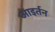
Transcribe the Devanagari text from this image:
आइर्तन